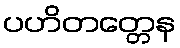
ပဟိတတ္တေန